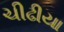
ચીઢીયા